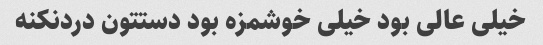
خیلی عالی بود خیلی خوشمزه بود دستتون دردنکنه